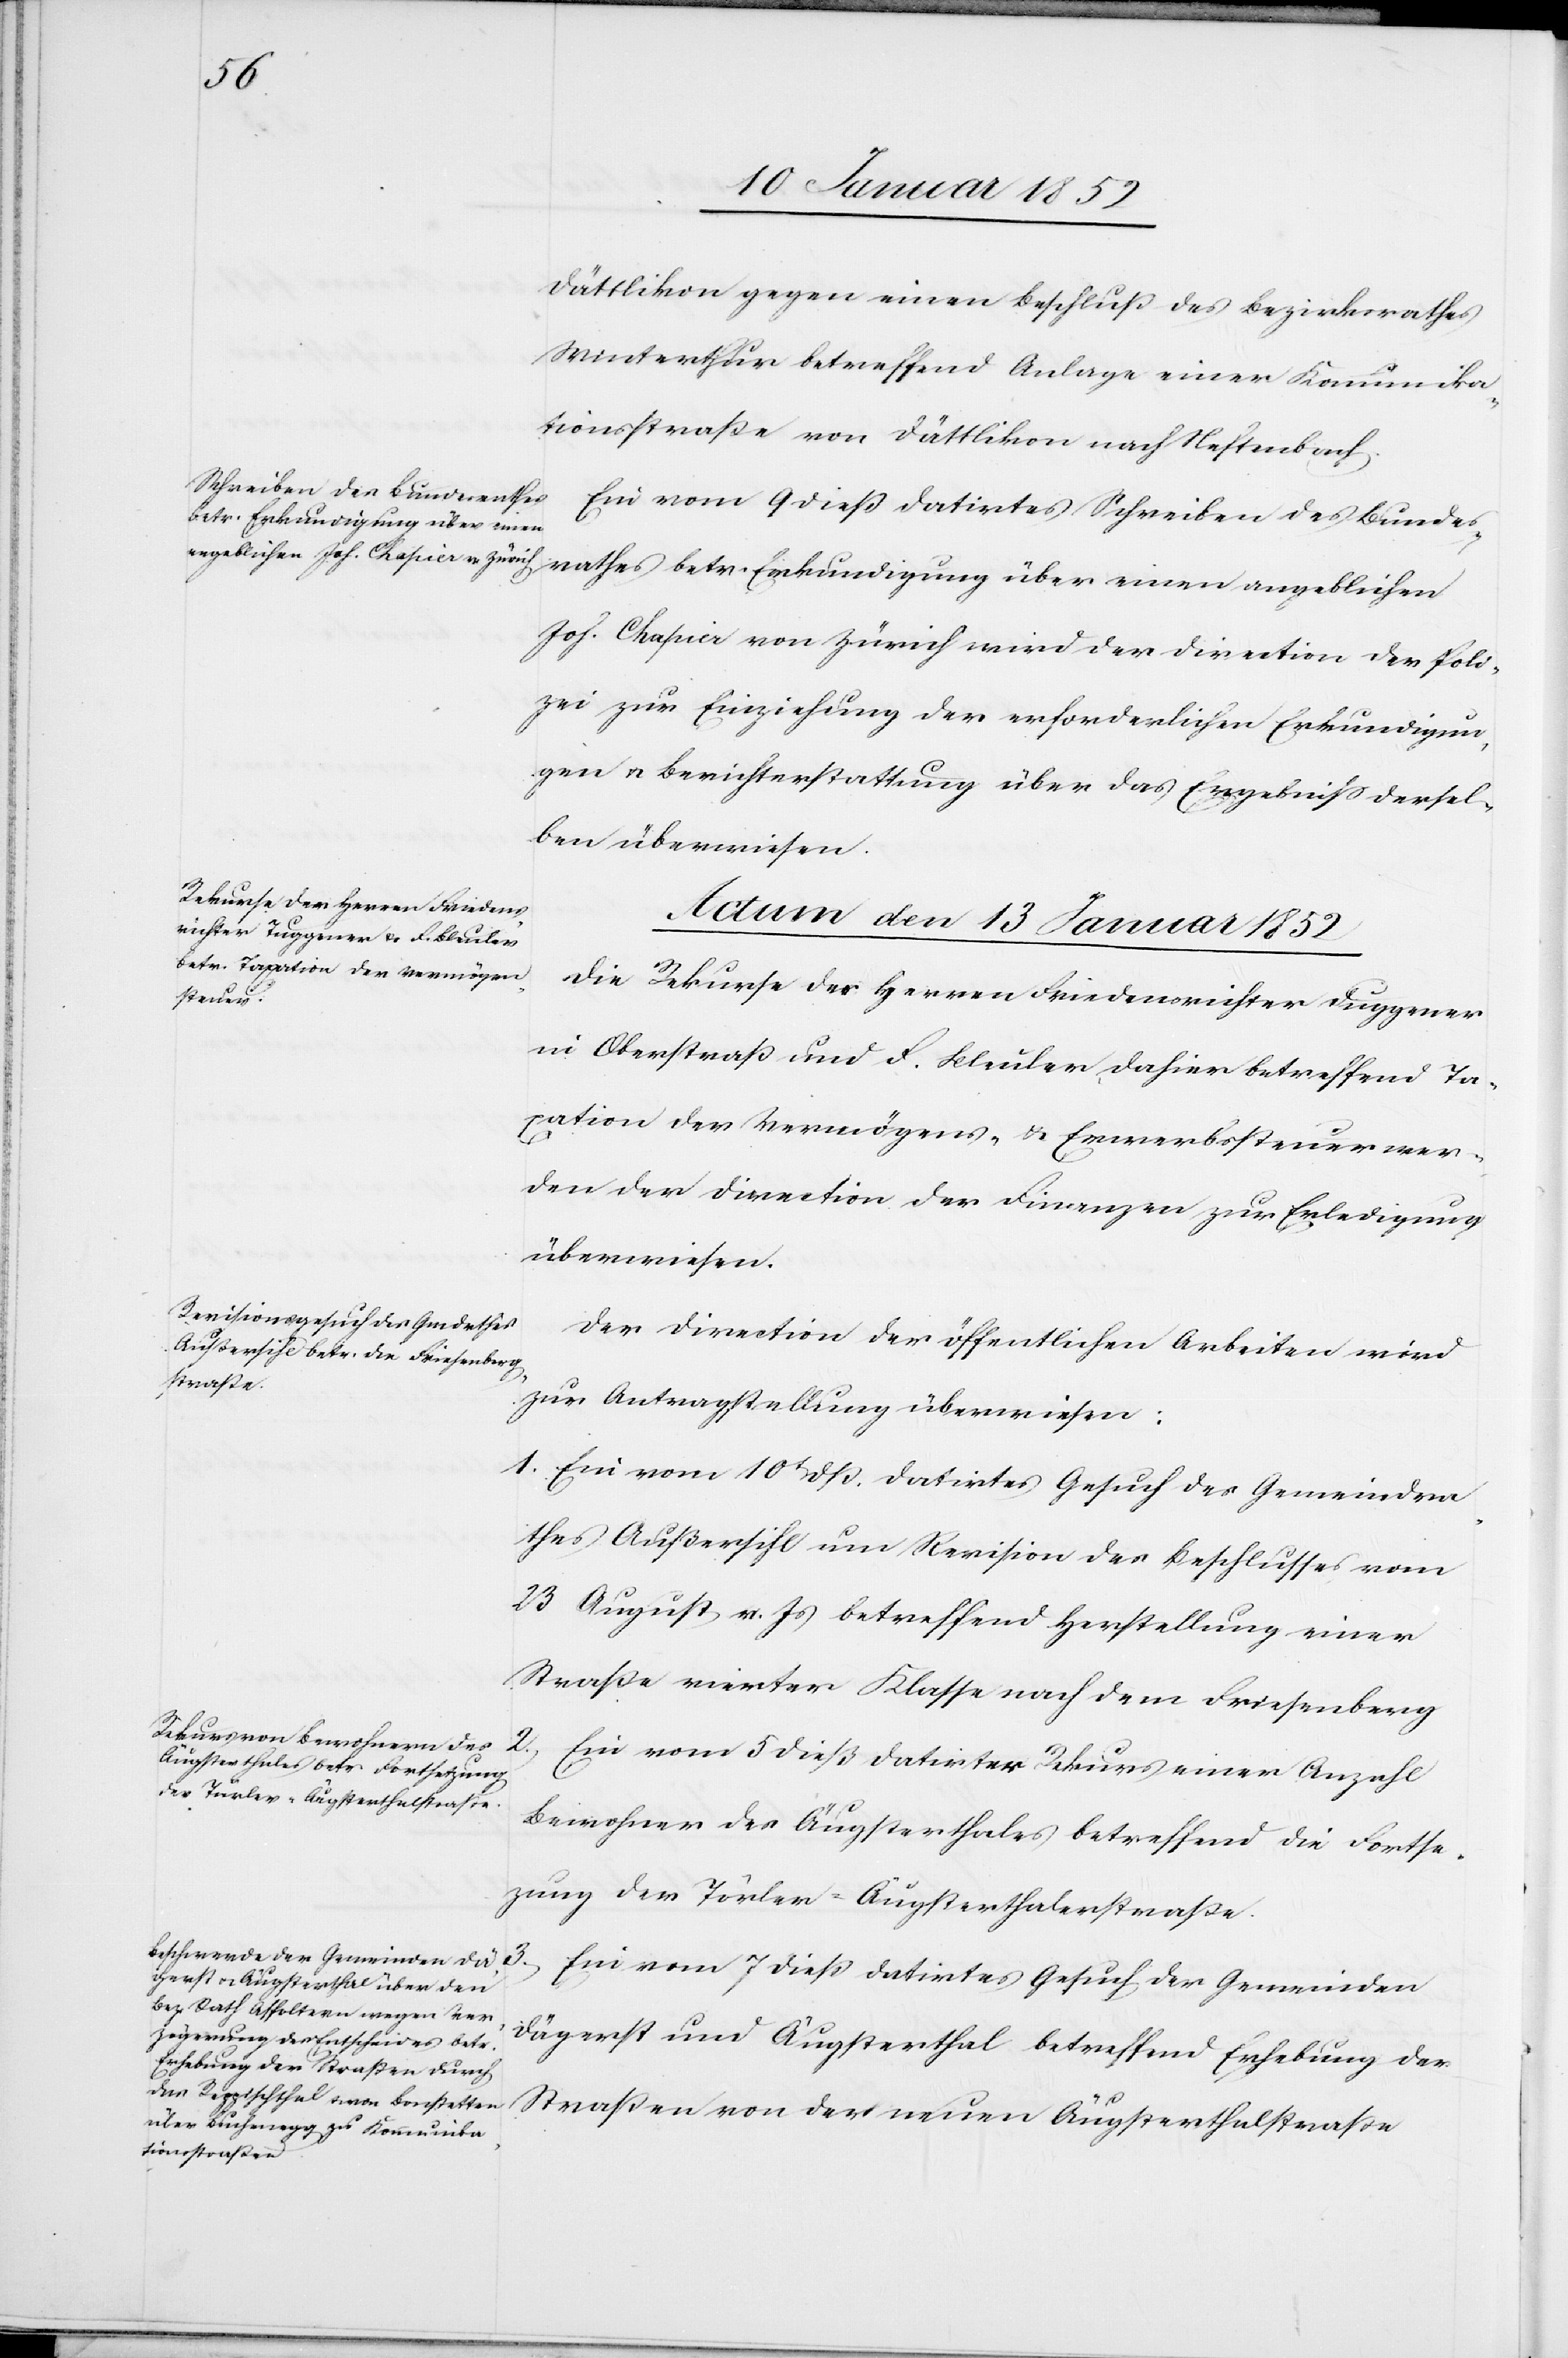
Dättlikon gegen einen Beschluß des Bezirksrathes
Winterthur betreffend Anlage einer Kommunika¬
tionsstraße von Dättlikon nach Neftenbach.
Ein vom 9t dieß datirtes Schreiben des Bundes¬
rathes betr. Erkundigung über einen angeblichen
Joh. Chapier von Zürich wird der Direction der Poli¬
zei zur Einziehung der erforderlichen Erkundigun¬
gen u. Berichterstattung über das Ergebniß dersel¬
ben überwiesen.
Actum den 13 Januar 1852]
Die Rekurse der Herren Friedensrichter Duggener
in Oberstraß und D. Bleuler dahier betreffend Ta¬
xation der Vermögens- u. Erwerbssteuern wer¬
den der Direction der Finanzen zur Erledigung
überwiesen.
Der Direction der öffentlichen Arbeiten wird
zur Antragstellung überwiesen:
1. Ein vom 10t dß. datirtes Gesuch des Gemeindera¬
thes Außersihl um Revision des Beschlusses vom
23 August v. Js betreffend Herstellung einer
Straße vierter Klasse nach dem Driesenberg.
2.) Ein vom 5 dieß datirter Rekurs einer Anzahl
Bewohner des Äugsterthales betreffend die Fortse¬
tzung der Türler-Äugsterthalerstraße.
Ein vom 7 dieß datirtes Gesuch der Gemeinden
Dägerst und Äugsterthal betreffend Erhebung der
Straßen von der neuen Äugsterthalstraße